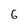
Character: 6